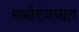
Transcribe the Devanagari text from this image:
मनोरंजनात